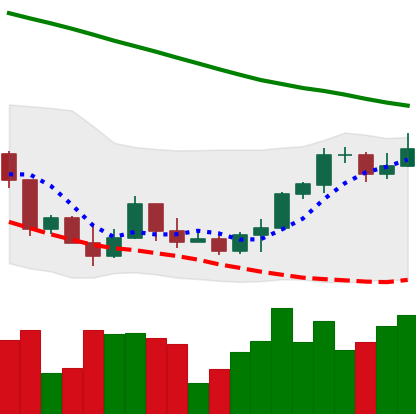
Ticker: ETH-USD
Chart end date: 2022-03-22
Forward return: 10.711%
Label: up_7plus